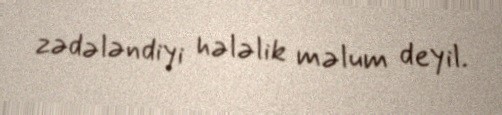
zədələndiyi hələlik məlum deyil.